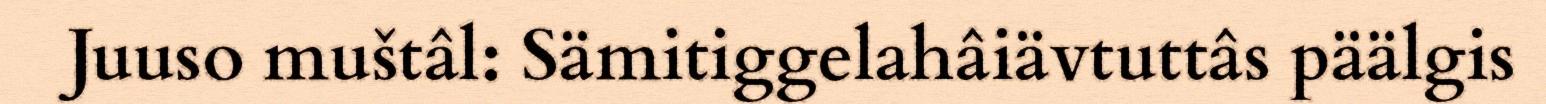
Juuso muštâl: Sämitiggelahâiävtuttâs päälgis